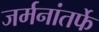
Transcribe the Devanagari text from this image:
जर्मनांतर्फे